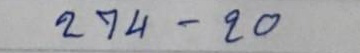
274 - 20